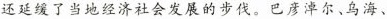
还延缓了当地经济社会发展的步伐。巴彦淖尔、乌海、